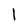
Character: l